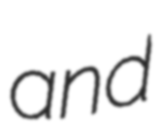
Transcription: and